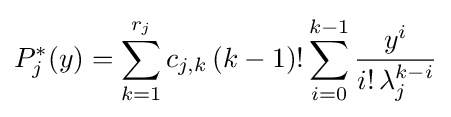
P_{j}^{*}(y)=\sum _{k=1}^{r_{j}}c_{j,k}\,(k-1)!\sum _{i=0}^{k-1}{\frac {y^{i}}{i!\,\lambda _{j}^{k-i}}}